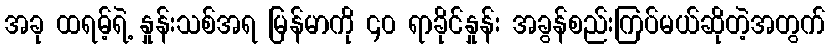
အခု ထရမ့်ရဲ့ နှုန်းသစ်အရ မြန်မာကို ၄၀ ရာခိုင်နှုန်း အခွန်စည်းကြပ်မယ်ဆိုတဲ့အတွက်